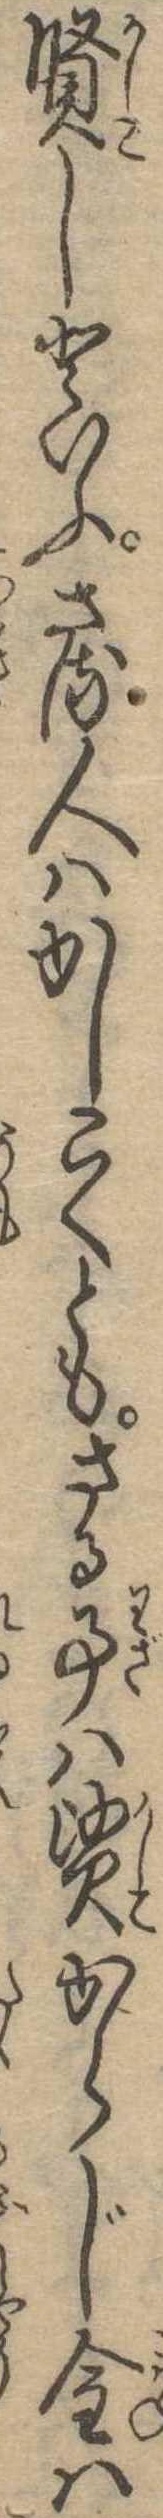
賢しといふさる人はかしこくともさる事は賢からじ金は